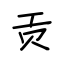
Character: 贡